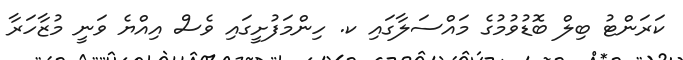
ކަރަންޓު ބިލް ބޮޑުވުމުގެ މައްސަލާގައި ކ. ހިންމަފުށީގައި ވެސް އިއްޔެ ވަނީ މުޒާހަރާ